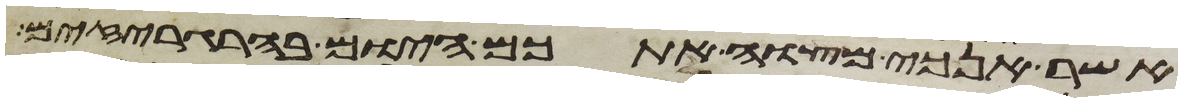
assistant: אשר אנכי מצוה אתכם היום בהרגריזים